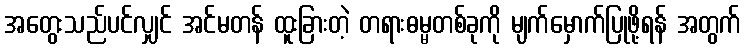
အတွေးသည်ပင်လျှင် အင်မတန် ထူးခြားတဲ့ တရားဓမ္မတစ်ခုကို မျက်မှောက်ပြုဖို့ရန် အတွက်